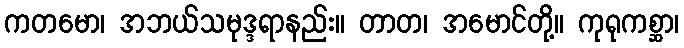
ကတမော၊ အဘယ်သမုဒ္ဒရာနည်း။ တာတ၊ အမောင်တို့။ ကုရုကစ္ဆာ၊